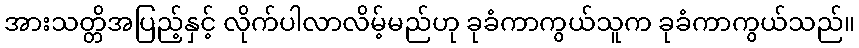
အားသတ္တိအပြည့်နှင့် လိုက်ပါလာလိမ့်မည်ဟု ခုခံကာကွယ်သူက ခုခံကာကွယ်သည်။